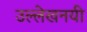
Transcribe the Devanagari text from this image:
उल्लेखनयी